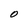
Character: O